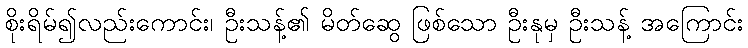
စိုးရိမ်၍လည်းကောင်း၊ ဦးသန့်၏ မိတ်ဆွေ ဖြစ်သော ဦးနုမှ ဦးသန့် အကြောင်း